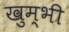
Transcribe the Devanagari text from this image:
खुम्भी